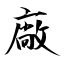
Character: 廠